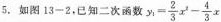
5.如图13-2，已知二次函数y$$y_{1}= \frac{2}{3}x^{2}- \frac{4}{3}x$$